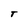
Character: T